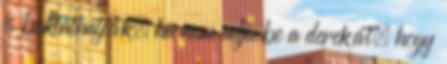
is buktathatják, ha nem adja be a derekát, hogy